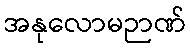
အနုလောမဉာဏ်